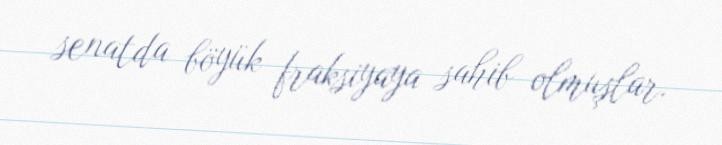
senatda böyük fraksiyaya sahib olmuşlar.